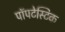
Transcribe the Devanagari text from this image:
पॉपटेस्टिक